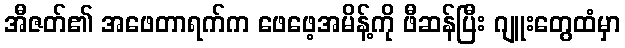
အီဇတ်၏ အဖေတာရက်က ဖေဖေ့အမိန့်ကို ဖီဆန်ပြီး ဂျူးတွေထံမှာ